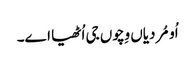
اُو مُردیاں وِچوں جی اُٹھیا اے۔